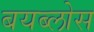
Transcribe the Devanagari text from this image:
बयब्लोस